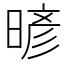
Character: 𰖙